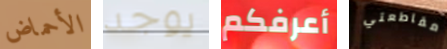
الأحماض يوجد أعرفكم مقاطعتي